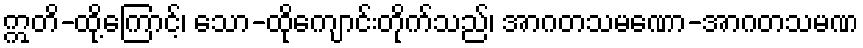
ဣတိ-ထို့ကြောင့်၊ သော-ထိုကျောင်းတိုက်သည်၊ အာဂတသမဏော-အာဂတသမဏ